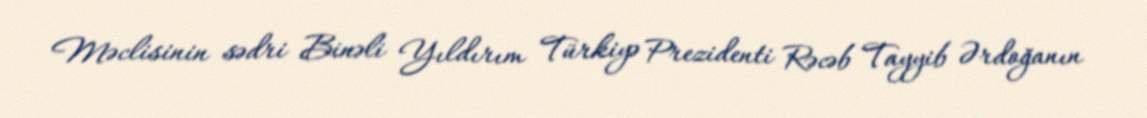
Məclisinin sədri Binəli Yıldırım Türkiyə Prezidenti Rəcəb Tayyib Ərdoğanın